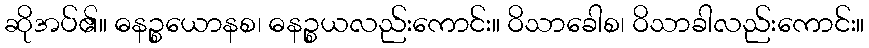
ဆိုအပ်၏။ ဓနဉ္စယောနစ၊ ဓနဉ္စယလည်းကောင်း။ ဝိသာခေါစ၊ ဝိသာခါလည်းကောင်း။